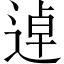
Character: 逴